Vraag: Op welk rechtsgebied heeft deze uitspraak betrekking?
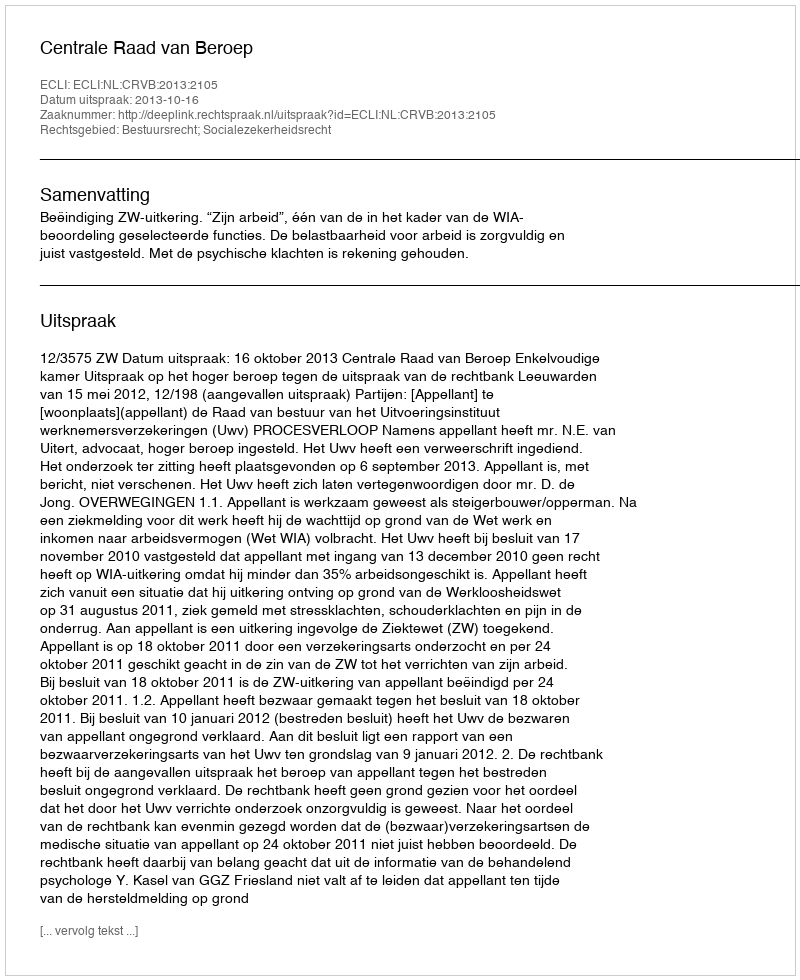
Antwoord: Bestuursrecht; Socialezekerheidsrecht